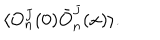
\langle O _ { n } ^ { J } ( 0 ) \bar { O } _ { n } ^ { J } ( x ) \rangle .